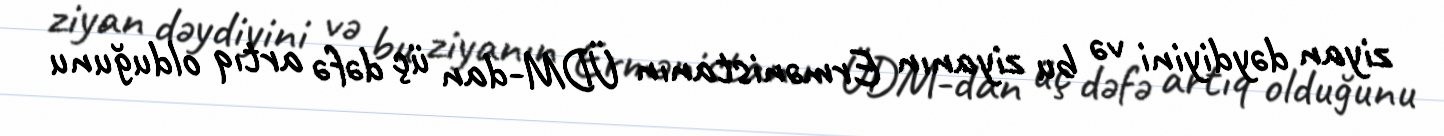
ziyan dəydiyini və bu ziyanın Ermənistanın ÜDM-dan üç dəfə artıq olduğunu